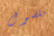
مفصول